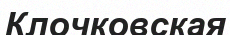
Клочковская